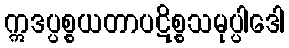
ဣဒပ္ပစ္စယတာပဋိစ္စသမုပ္ပါဒေါ